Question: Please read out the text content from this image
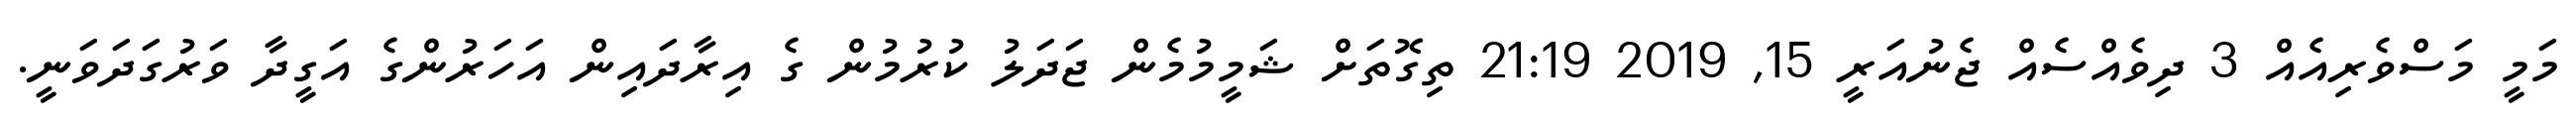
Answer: މަމީ މަސްވެރިއެއް 3 ދިވެއްސެއް ޖެނުއަރީ 15, 2019 21:19 ތިގޮތަށް ޝަމީމުމެން ޖަދަލު ކުރުމުން ގެ އިރާދައިން އަހަރުންގެ އަގީދާ ވަރުގަދަވަނީ.